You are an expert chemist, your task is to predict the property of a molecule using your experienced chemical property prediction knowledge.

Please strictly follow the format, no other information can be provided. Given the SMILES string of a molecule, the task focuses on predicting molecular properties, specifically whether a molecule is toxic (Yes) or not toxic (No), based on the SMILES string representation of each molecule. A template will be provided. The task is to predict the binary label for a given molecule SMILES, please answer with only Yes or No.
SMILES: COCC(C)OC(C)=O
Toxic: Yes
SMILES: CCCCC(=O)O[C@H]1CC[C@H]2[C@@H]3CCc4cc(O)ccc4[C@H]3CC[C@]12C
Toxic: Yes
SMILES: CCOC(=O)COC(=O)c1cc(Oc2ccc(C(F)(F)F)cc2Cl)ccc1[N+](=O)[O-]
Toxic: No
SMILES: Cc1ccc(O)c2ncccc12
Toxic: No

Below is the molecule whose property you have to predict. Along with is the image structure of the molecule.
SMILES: CC1(C)CCC[C@@]2(C)[C@H]1CC[C@@]1(C)OC(=O)C[C@H]21
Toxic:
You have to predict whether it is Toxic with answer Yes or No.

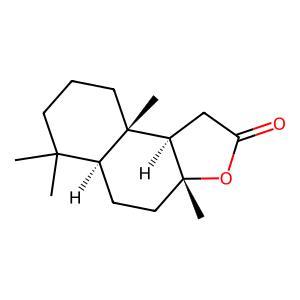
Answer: No